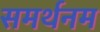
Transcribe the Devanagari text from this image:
समर्थनम